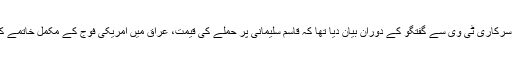
انہوں نے ایران کے سرکاری ٹی وی سے گفتگو کے دوران بیان دیا تھا کہ قاسم سلیمانی پر حملے کی قیمت، عراق میں امریکی فوج کے مکمل خاتمے کی صورت میں ہوگا۔